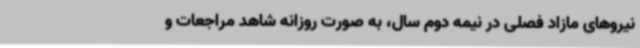
نیروهای مازاد فصلی در نیمه دوم سال، به صورت روزانه شاهد مراجعات و